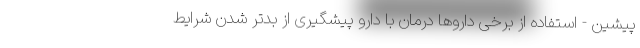
پیشین - استفاده از برخی داروها درمان با دارو پیشگیری از بدتر شدن شرایط